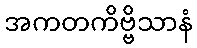
အကတကိဗ္ဗိသာနံ